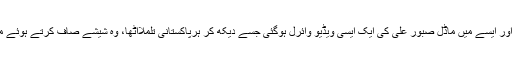
انسان کو اپنے پیٹ کی آگ بجھانے کے لیے محنت مزدوری کرنا پڑتی ہے اور ایسے میں ماڈل صبور علی کی ایک ایسی ویڈیو وائرل ہوگئی جسے دیکھ کر ہرپاکستانی تلملااٹھا، وہ شیشے صاف کرتے ہوئے محنت کش کو دیکھ کر اس کے بارے میں تضحیک آمیز جملے بول رہی ہیں۔